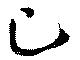
己